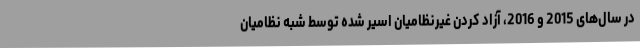
در سال‌های 2015 و 2016، آزاد کردن غیرنظامیان اسیر شده توسط شبه نظامیان